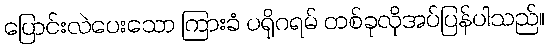
ပြောင်းလဲပေးသော ကြားခံ ပရိုဂရမ် တစ်ခုလိုအပ်ပြန်ပါသည်။